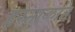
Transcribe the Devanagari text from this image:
हरताळांत